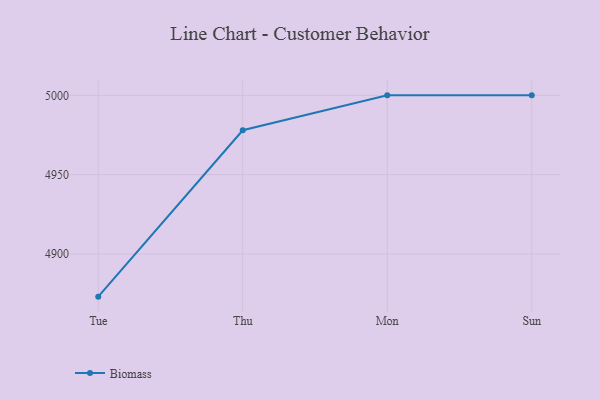
{"axis": {"x": "Day", "y": "Gross Profit (USD K)"}, "legend": ["Biomass"], "data": [{"x": "Tue", "y": 4873.1, "type": "Biomass"}, {"x": "Thu", "y": 4978.0, "type": "Biomass"}, {"x": "Mon", "y": 5000, "type": "Biomass"}, {"x": "Sun", "y": 5000, "type": "Biomass"}]}